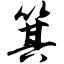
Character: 箕